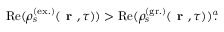
\mathrm { R e } ( \rho _ { s } ^ { ( \mathrm { e x . } ) } ( \textbf { r } , \tau ) ) > \mathrm { R e } ( \rho _ { s } ^ { ( \mathrm { g r . } ) } ( \textbf { r } , \tau ) ) \footnote { I n t h e s t o c h a s t i c f o r m a l i s m , t h e p o p u l a t i o n s a r e c o m p l e x , s o w e h a v e t o e x t r a c t t h e i r r e a l p a r t s . } \! \! .